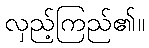
လှည့်ကြည်၏။